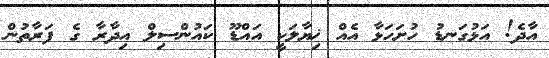
އާދެ! އަޅުގަނޑު ހުށަހަޅާ އެއް ޚިޔާލަކީ އައްޑޫ ކައުންސިލް އިދާރާ ގެ ފަރާތުން